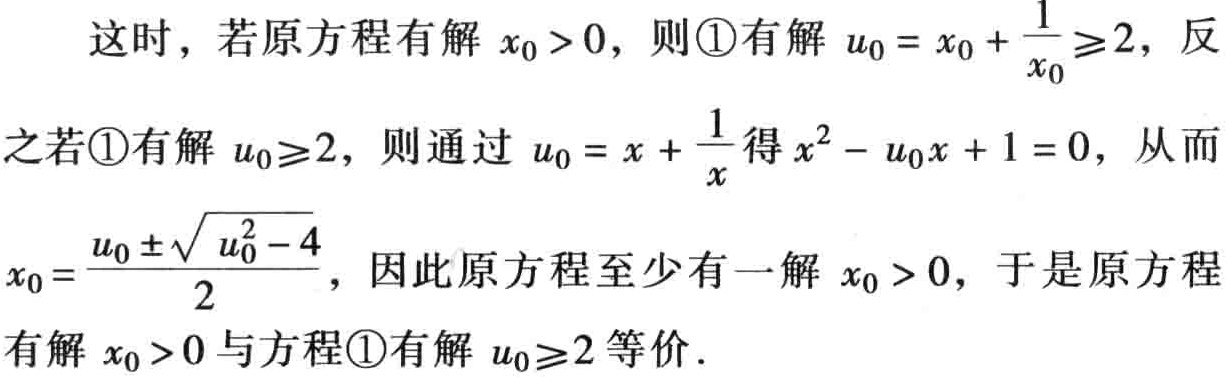
这时，若原方程有解 \(x_{0} > 0\)，则\textcircled{1}有解 \(u_{0}=x_{0}+\frac{1}{x_{0}}\geqslant2\)，反之若\textcircled{1}有解 \(u_{0}\geqslant2\)，则通过 \(u_{0}=x+\frac{1}{x}\)得 \(x^{2}-u_{0}x + 1 = 0\)，从而 \(x_{0}=\frac{u_{0}\pm\sqrt{u_{0}^{2}-4}}{2}\)，因此原方程至少有一解 \(x_{0} > 0\)，于是原方程有解 \(x_{0} > 0\)与方程\textcircled{1}有解 \(u_{0}\geqslant2\)等价.